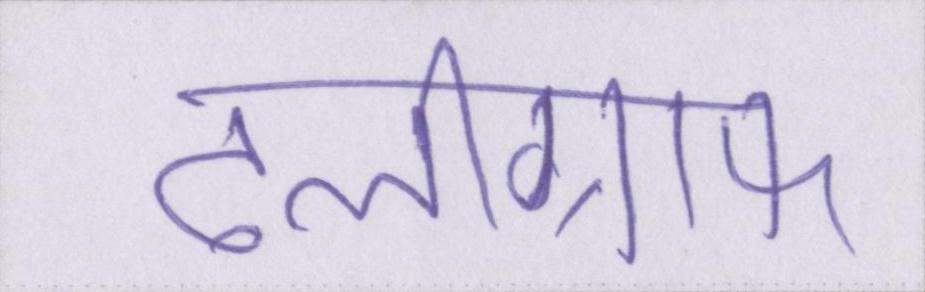
टेलीग्राफ